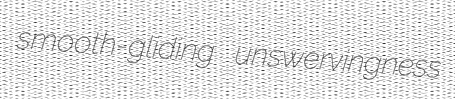
smooth-gliding unswervingness